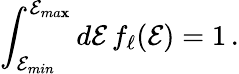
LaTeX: \int_{\mathcal{E}_{min}}^{\mathcal{E}_{ma\mathbf{x}}}d\mathcal{E}\, f_{\ell}(\mathcal{E})=1\, .